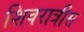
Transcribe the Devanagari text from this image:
शिवरात्रीस